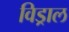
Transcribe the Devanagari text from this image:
विड्राल